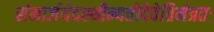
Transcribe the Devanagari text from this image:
संमार्जयेदस्थीन्यतोदेवेतिमंत्रतः